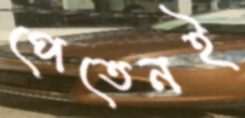
পেতেনই